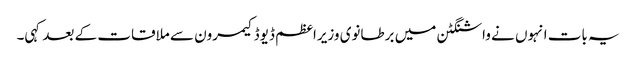
یہ بات انہوں نے واشنگٹن میں برطانوی وزیراعظم ڈیوڈ کیمرون سے ملاقات کے بعد کہی۔